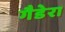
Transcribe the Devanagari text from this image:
गैडेरा